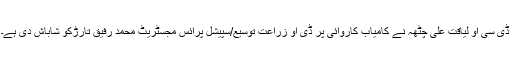
ڈی سی او لیاقت علی چٹھہ نے کامیاب کاروائی پر ڈی او زراعت توسیع/سپیشل پرائس مجسٹریٹ محمد رفیق تارڑکو شاباش دی ہے۔